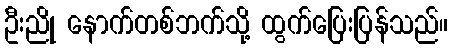
ဦးညို နောက်တစ်ဘက်သို့ ထွက်ပြေးပြန်သည်။